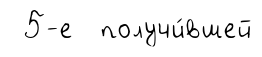
5-е получи́вшей